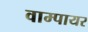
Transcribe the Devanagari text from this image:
वाम्पायर